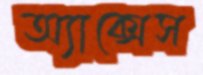
অ্যাক্সেস